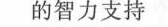
的智力支持